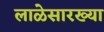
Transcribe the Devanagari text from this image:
लाळेसारख्या